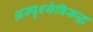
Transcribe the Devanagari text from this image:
अस्पृश्येविरूद्ध